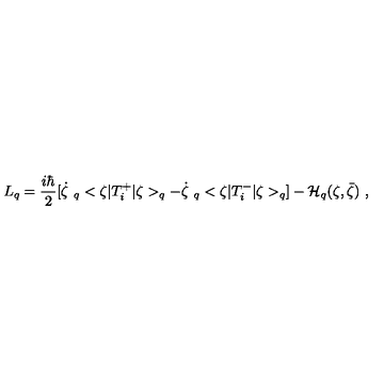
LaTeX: L _ { q } = \frac { i \hbar } { 2 } [ \dot { \zeta } \ _ { q } < \zeta | T _ { i } ^ { + } | \zeta > _ { q } - \dot { \zeta } \ _ { q } < \zeta | T _ { i } ^ { - } | \zeta > _ { q } ] - { \cal H } _ { q } ( \zeta , \bar { \zeta } ) \ ,